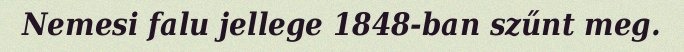
Nemesi falu jellege 1848-ban szűnt meg.